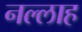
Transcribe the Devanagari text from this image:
नल्‍लाह